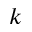
k